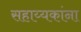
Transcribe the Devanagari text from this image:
सहाय्यकांना